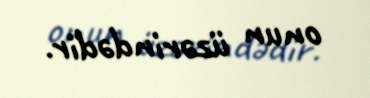
onun üzərindədir.